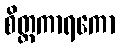
စိတ္တကာရကော